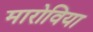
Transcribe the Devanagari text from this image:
मारोविया